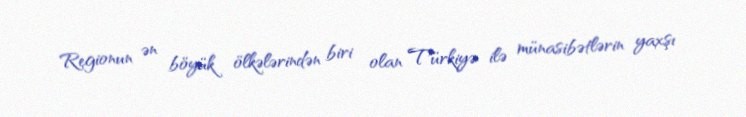
Regionun ən böyük ölkələrindən biri olan Türkiyə ilə münasibətlərin yaxşı